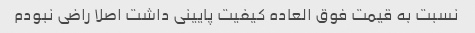
نسبت به قیمت فوق العاده کیفیت پایینی داشت اصلا راضی نبودم